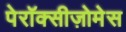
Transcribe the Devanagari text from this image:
पेरॉक्सीज़ोमेस